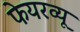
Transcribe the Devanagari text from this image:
फेयरव्यू